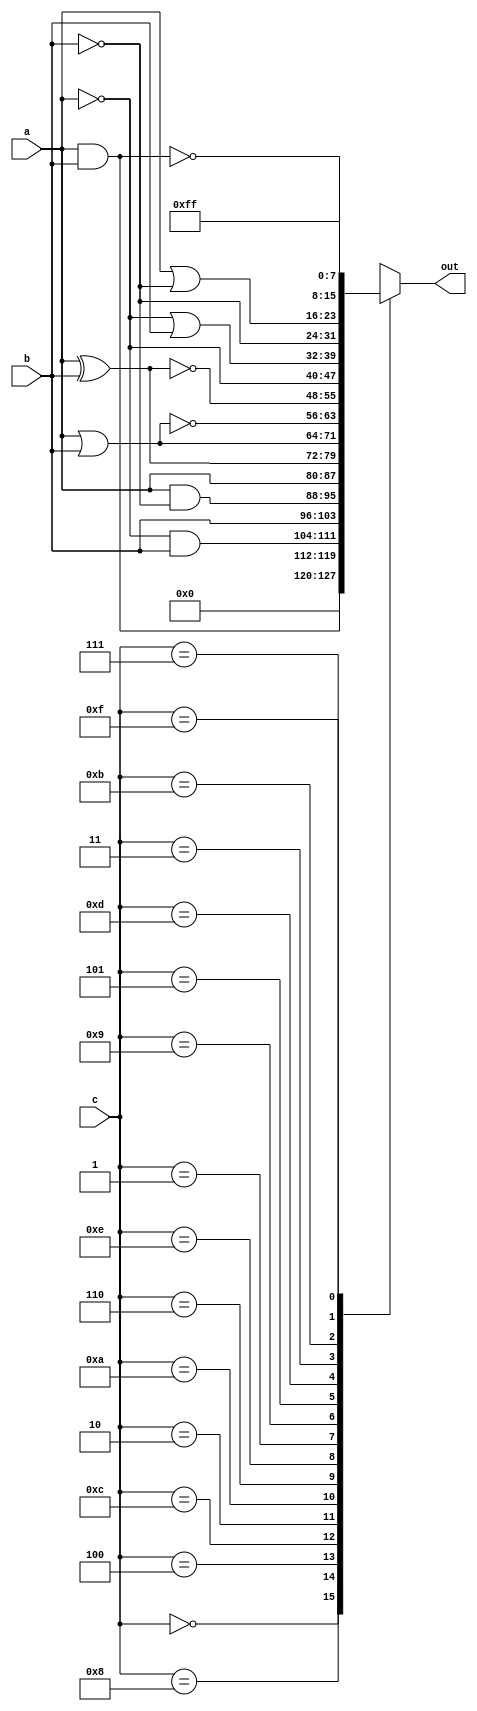
/*
   This file was generated automatically by the Mojo IDE version B1.3.4.
   Do not edit this file directly. Instead edit the original Lucid source.
   This is a temporary file and any changes made to it will be destroyed.
*/

module boolean_4 (
    input [7:0] a,
    input [7:0] b,
    input [3:0] c,
    output reg [7:0] out
  );
  
  
  
  always @* begin
    
    case (c[0+3-:4])
      4'h0: begin
        out = 1'h0;
      end
      4'h8: begin
        out = a & b;
      end
      4'h4: begin
        out = (~a) & b;
      end
      4'hc: begin
        out = b;
      end
      4'h2: begin
        out = a & (~b);
      end
      4'ha: begin
        out = a;
      end
      4'h6: begin
        out = a ^ b;
      end
      4'he: begin
        out = a | b;
      end
      4'h1: begin
        out = ~(a | b);
      end
      4'h9: begin
        out = ~(a ^ b);
      end
      4'h5: begin
        out = ~a;
      end
      4'hd: begin
        out = (~a) | b;
      end
      4'h3: begin
        out = ~b;
      end
      4'hb: begin
        out = a | (~b);
      end
      4'h7: begin
        out = ~(a & b);
      end
      4'hf: begin
        out = 8'hff;
      end
      default: begin
        out = 1'h0;
      end
    endcase
  end
endmodule